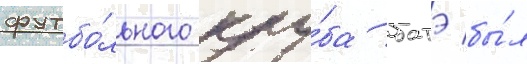
футбо́льного клу́ба батэ бы́л